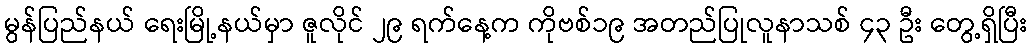
မွန်ပြည်နယ် ရေးမြို့နယ်မှာ ဇူလိုင် ၂၉ ရက်နေ့က ကိုဗစ်၁၉ အတည်ပြုလူနာသစ် ၄၃ ဦး တွေ့ရှိပြီး